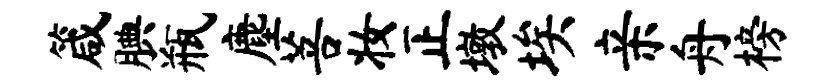
箴腆瓶麈菩妆正墩埃亲舟榜